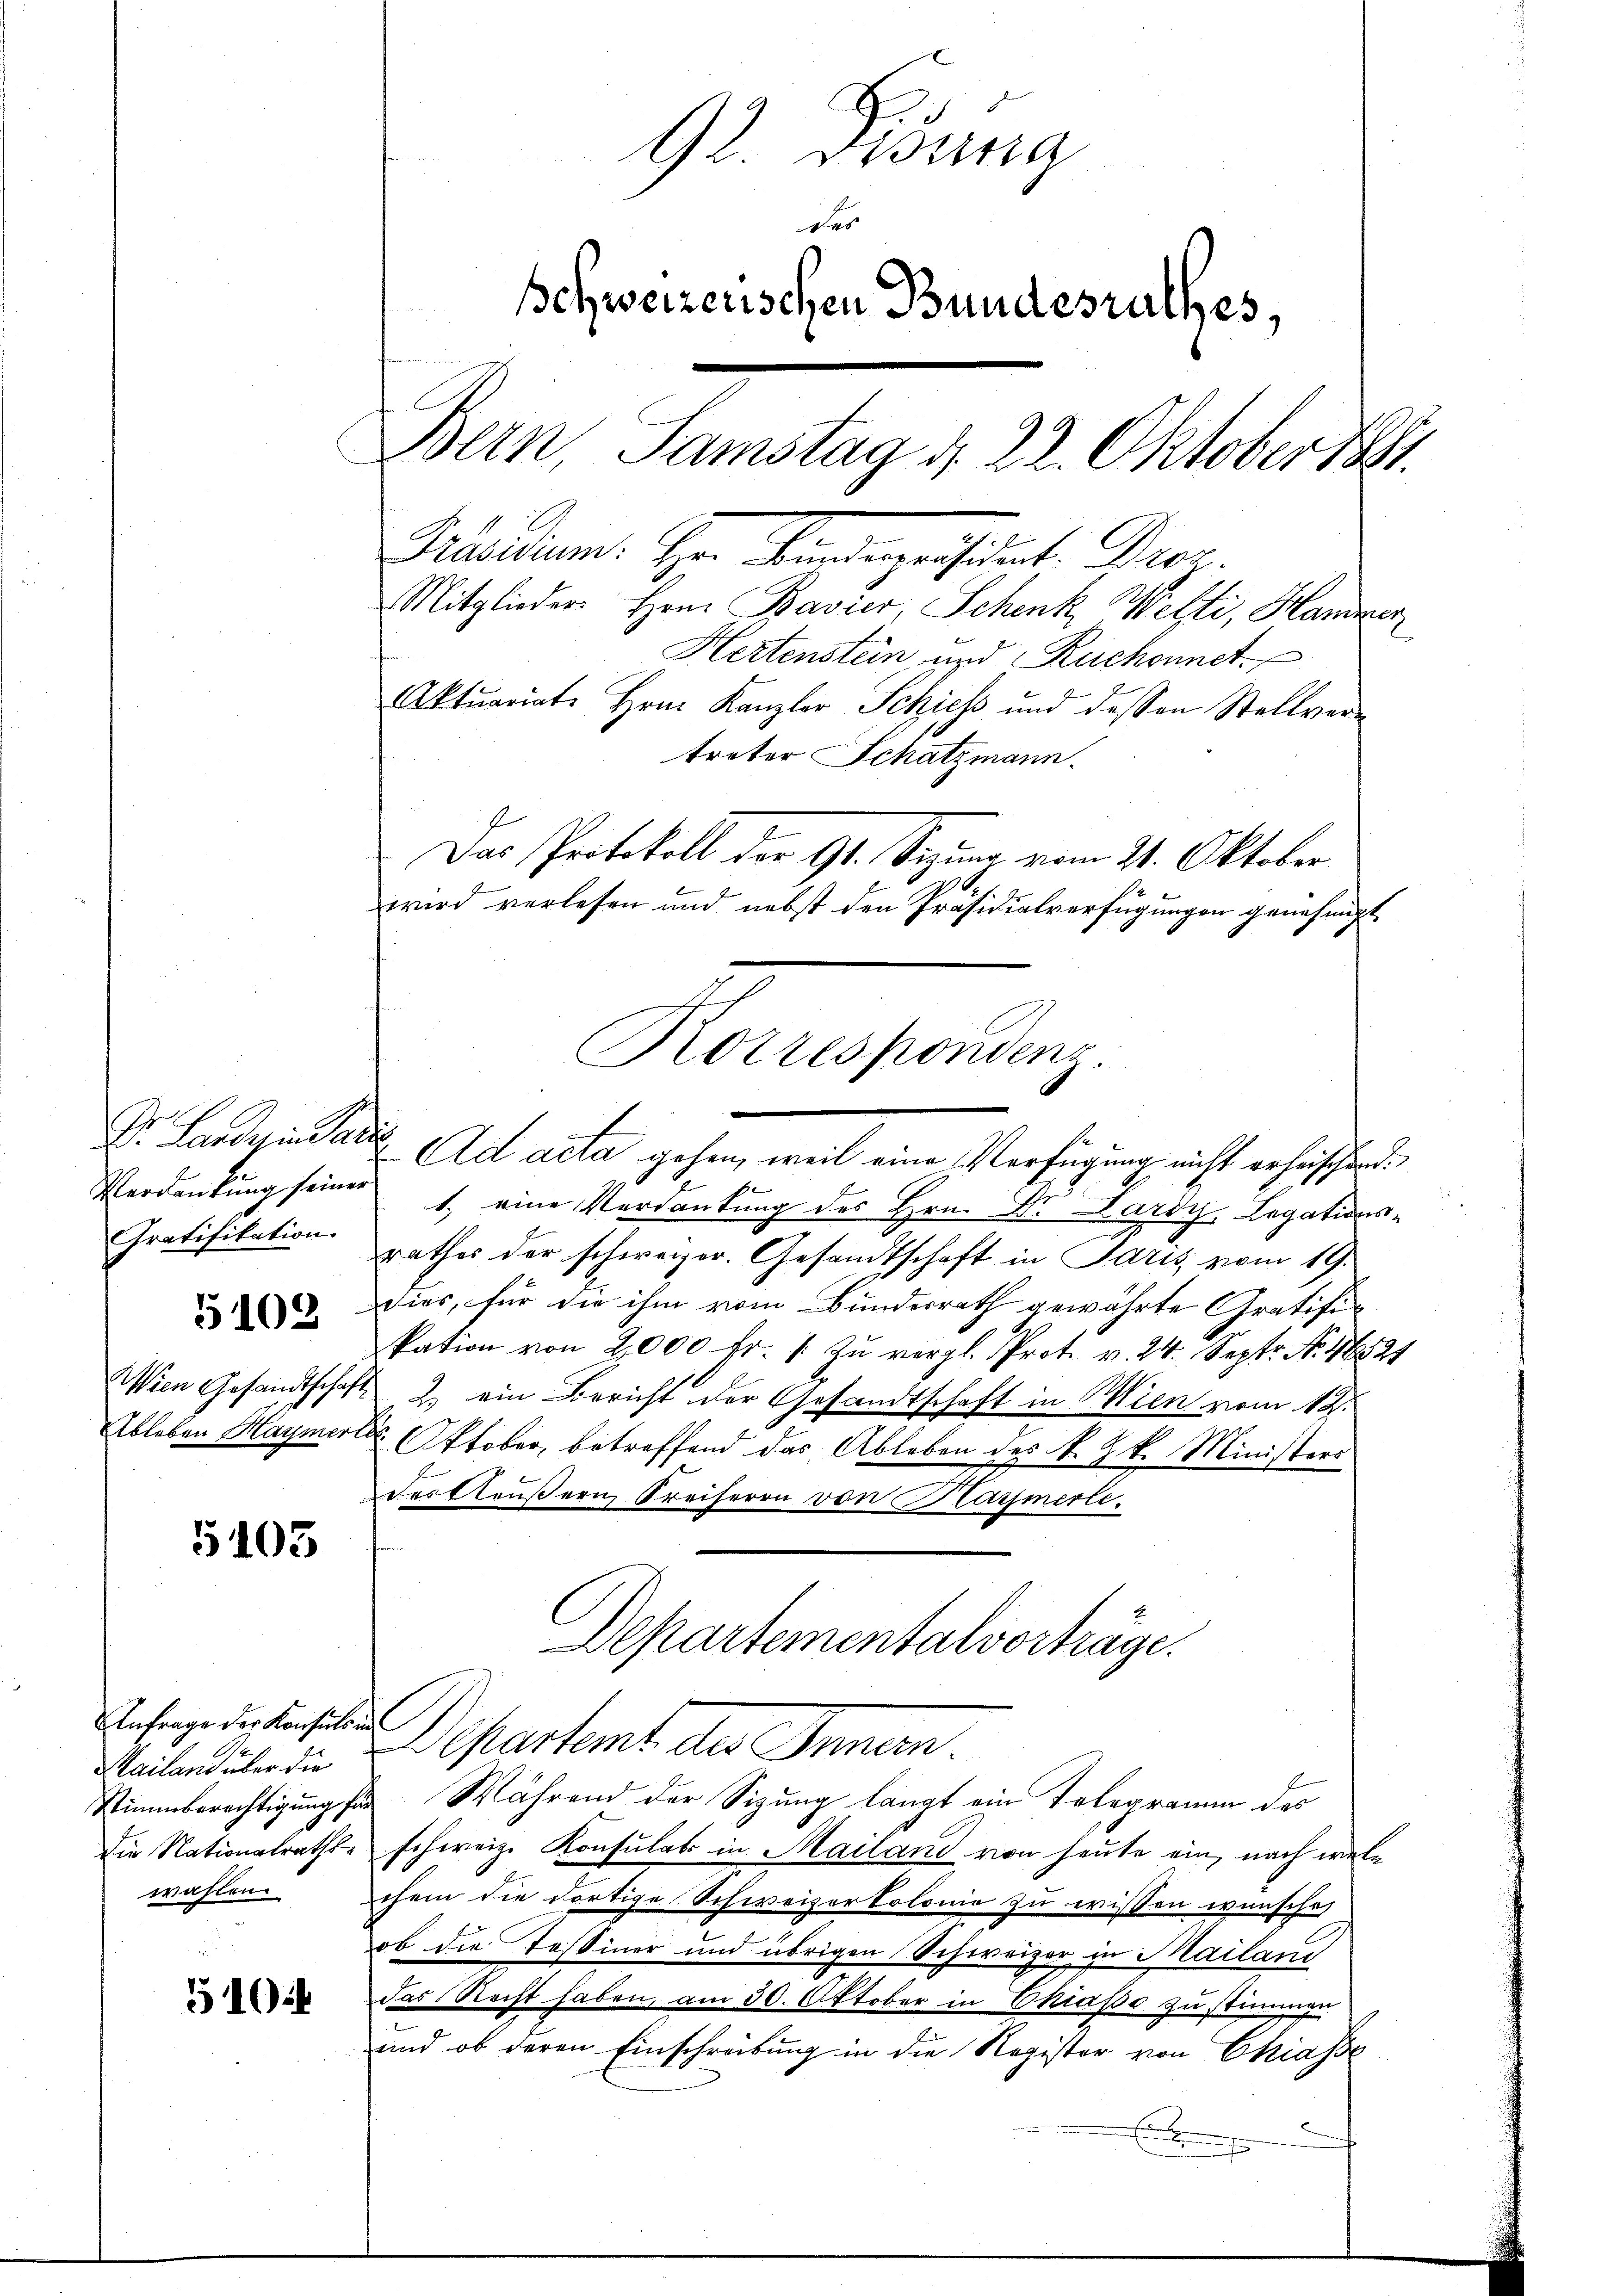
Verdankung seiner
Gratifikation.

5102

Wien Gesandtschaf
Ableben Haymer

5103

Anfrage der Konsulam
Mailand über die
Die Nationalraths-

510

92. Disung
des
Schweizerischen Bundesrathes,
Bern, Samstag d. 22. Oktober 1891.

Position. Hr. Wintergeistet. Proz.
Mitglieders Hrn. Bavier, Schenk Welti, Hammer
Hertenstein, und Ruchonnet.
Aktuariat Hrn. Kanzler Schiess und dessen Stellver-
treter Schatzmann.
Das Protokoll der 91. Sizung vom 21. Oktober
.
wird verlesen und nebst den Präsidialverfügungen genehmigt
1.) eine Verdankung des Hrn. Dr. Lardy, Legationsrathes der schweizer. Gesandtschaft in Paris vom 19.
dies, für die ihm vom Bundesrath gewährte Gratifikation von 2000 fr. 1 zu vergl. Prot. v. 24. Septr. No. 46521
 2. ein Bericht der Gesandtschaft in Wien vom 12.
t Oktober, betreffend das Ableben des K. Z. k. Ministers
des Aeußern Freiherrn von Marmerli.
Departementalvorträge.
Bepertent der Simmen.
Stimmberechtigung für Während der Sizung langt ein Telegramm des
schweiz. Konsulats in Mailand von heute ein, nach welwählen chem die dortige Schweizertolonie zu wissen wünsche,
ob die Teßiner und übrigen Schweizer in Mailand
das Recht haben, am 30. Oktober in Chiaße zu stimmigen
und ob deren Einschreibung in die Register von Chiasse
x
a

Korrespondenz.
Dr. Lardy in alle ad acta gehen, weil eine Verfügung nicht erheischend